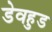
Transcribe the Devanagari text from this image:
डेवहुड